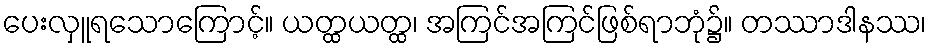
ပေးလှူရသောကြောင့်။ ယတ္ထယတ္ထ၊ အကြင်အကြင်ဖြစ်ရာဘုံ၌။ တဿာဒါနဿ၊